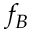
f _ { B }